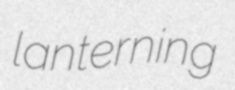
lanterning